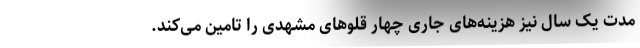
مدت یک سال نیز هزینه‌های جاری چهار قلوهای مشهدی را تامین می‌کند.